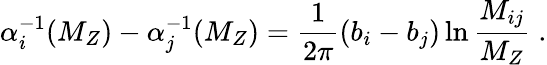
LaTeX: \alpha_{i}^{-1}(M_{Z})-\alpha_{j}^{-1}(M_{Z})=\frac{1}{2\pi}(b_{i}-b_{j})\ln\frac{M_{ij}}{M_{Z}}\; .